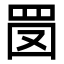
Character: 𦊔